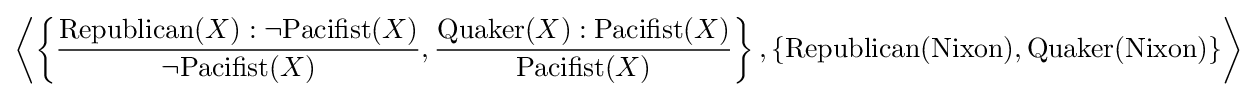
\left\langle \left\{{\frac {\mathrm {Republican} (X):\neg \mathrm {Pacifist} (X)}{\neg \mathrm {Pacifist} (X)}},{\frac {\mathrm {Quaker} (X):\mathrm {Pacifist} (X)}{\mathrm {Pacifist} (X)}}\right\},\left\{\mathrm {Republican} (\mathrm {Nixon} ),\mathrm {Quaker} (\mathrm {Nixon} )\right\}\right\rangle